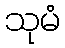
သုမံ